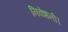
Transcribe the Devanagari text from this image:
निवेशनी।